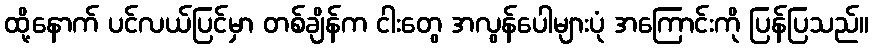
ထို့နောက် ပင်လယ်ပြင်မှာ တစ်ချိန်က ငါးတွေ အလွန်ပေါများပုံ အကြောင်းကို ပြန်ပြသည်။